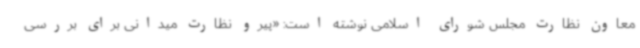
معاون نظارت مجلس شورای اسلامی نوشته است: «پیرو نظارت میدانی برای بررسی